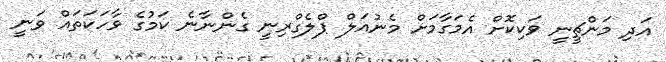
އަދި މަންޗީނީ ވަކިކޮށް އެމަގާމަށް މެނުއަލް ޕްލެގްރިނީ ގެންނާނެ ކަމުގެ ވާހަކަތައް ވަނީ